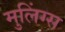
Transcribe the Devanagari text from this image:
मुलिंग्स